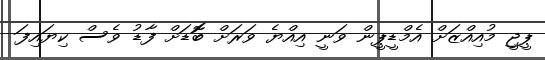
ޕީޖީ މުއިއްޒަށް އެމްޑީޕީން ވަނީ އިއްޔެ ވަރަށް ބޮޮޑަށް ފާޑު ވެސް ކިޔައިފަ